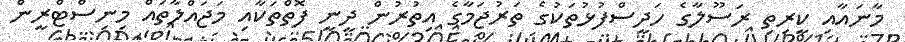
މާނައާއި ކީރިތި ރަސޫލާގެ ހަދީސްފުޅުތަކުގެ ތަރުޖަމާގެ އިތުރުން ދީނީ ފޮތްތަކާއި މަޖައްލާތައް މިނިސްޓްރީން